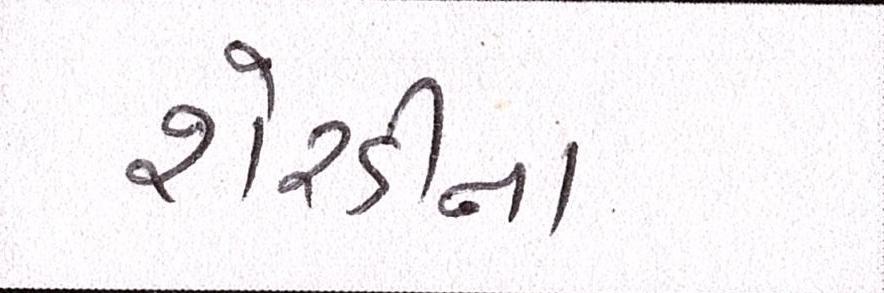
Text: શેરડીના